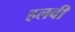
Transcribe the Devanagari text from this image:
हलवी